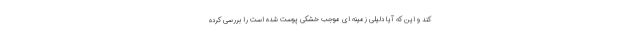
کند و این که آیا دلیلی زمینه ای موجب خشکی پوست شده است را بررسی کرده